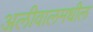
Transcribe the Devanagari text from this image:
अलीवालमधील